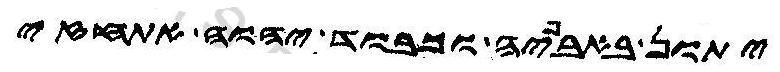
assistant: יתון באבניה וכבוד יהוה אתחזי